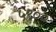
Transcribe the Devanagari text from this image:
५९००